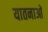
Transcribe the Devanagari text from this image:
यातनाआें